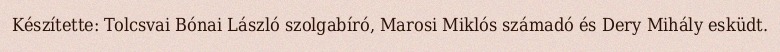
Készítette: Tolcsvai Bónai László szolgabíró, Marosi Miklós számadó és Dery Mihály esküdt.